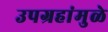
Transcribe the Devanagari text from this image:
उपग्रहांमुळे